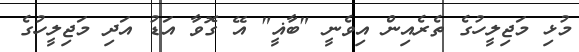
މުޅި މަޖިލީހުގެ ތެރެއިން އިވެނީ "ބާޣީ" އޭ ގޮވާ އަޑު އަދި މަޖިލީހުގެ